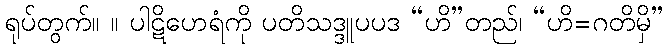
ရုပ်တွက်။ ။ ပါဋိဟေရံကို ပတိသဒ္ဒူပပဒ “ဟိ”တည်၊ “ဟိ=ဂတိမှိ”